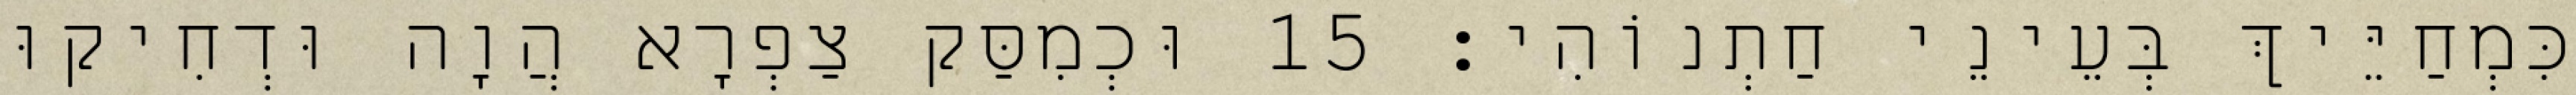
כִּמְחַיֵּיךְ בְּעֵינֵי חַתְנוֹהִי׃ 15 וּכְמִסַּק צַפְרָא הֲוָה וּדְחִיקוּ